Indian journal of veterinary science and animal husbandry - Volume 7,
Year: 1937
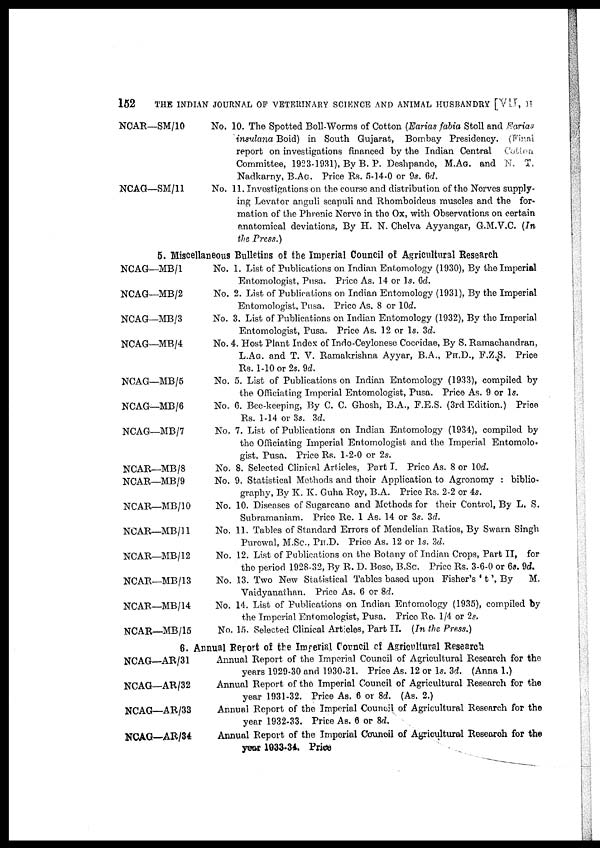
152
THE INDIAN JOURNAL OF VETERINARY SCIENCE AND ANIMAL HUSBANDRY [VII, II
NCAR—SM/10
NCAG—SM/11
No. 10. The Spotted Boll-Worms of Cotton (Earias fabia Stoll and Earias
insulana Boid) in South Gujarat, Bombay Presidency. (Final
report on investigations financed by the Indian Central Cotton
Committee, 1923-1931), By B. P. Deshpande, M.AG. and N. T.
Nadkarny, B.AG. Price Rs. 5-14-0 or 9s. 6d.
No. 11. Investigations on the course and distribution of the Nerves supply-
ing Levator anguli scapuli and Rhomboideus muscles and the for-
mation of the Phrenic Nerve in the Ox, with Observations on certain
anatomical deviations, By H. N. Chelva Ayyangar, G.M.V.C. (In
the Press.)
5. Miscellaneous Bulletins of the Imperial Council of Agricultural Research
NCAG—MB/1
NCAG—MB/2
NCAG—MB/3
NCAG—MB/4
NCAG—MB/5
NCAG—MB/6
NCAG—MB/7
NCAR—MB/8
NCAR—MB/9
NCAR—MB/10
NCAR—MB/11
NCAR—MB/12
NCAR—MB/13
NCAR—MB/14
NCAR—MB/15
No. 1. List of Publications on Indian Entomology (1930), By the Imperial
Entomologist, Pusa. Price As. 14 or 1s. 6d.
No. 2. List of Publications on Indian Entomology (1931), By the Imperial
Entomologist, Pusa. Price As. 8 or l0d.
No. 3. List of Publications on Indian Entomology (1932), By the Imperial
Entomologist, Pusa. Price As. 12 or 1s. 3d.
No. 4. Host Plant Index of Indo-Ceylonese Coccidae, By S. Ramachandran,
L.AG. and T. V. Ramakrishna Ayyar, B.A., Ph.D., F.Z.S. Price
Rs. 1-10 or 2s. 9d.
No. 5. List of Publications on Indian Entomology (1933), compiled by
the Officiating Imperial Entomologist, Pusa. Price As. 9 or 1s.
No. 6. Bee-keeping, By C. C. Ghosh, B.A., F.E.S. (3rd Edition.) Price
Rs. 1-14 or 3s. 3d.
No. 7. List of Publications on Indian Entomology (1934), compiled by
the Officiating Imperial Entomologist and the Imperial Entomolo.
gist, Pusa. Price Rs. 1-2-0 or 2s.
No. 8. Selected Clinical Articles, Part I. Price As. 8 or 10d.
No. 9. Statistical Methods and their Application to Agronomy : biblio-
graphy, By K. K. Guha Roy, B.A. Price Rs. 2-2 or 4s.
No. 10. Diseases of Sugarcane and Methods for their Control, By L. S.
Subramaniam. Price Re. 1 As. 14 or 3s. 3d.
No. 11. Tables of Standard Errors of Mendelian Ratios, By Swarn Singh
Purewal, M.Sc. PH.D. Price As. 12 or 1s. 3d.
No. 12. List of Publications on the Botany of Indian Crops, Part II, for
the period 1928-32, By R. D. Bose, B.Sc. Price Rs. 3-6-0 or 6s. 9d.
No. 13. Two New Statistical Tables based upon Fisher's ' t ', By
M.
Vaidyanathan. Price As. 6 or 8d.
No. 14. List of Publications on Indian Entomology (1935), compiled by
the Imperial Entomologist, Pusa. Price Re. 1/4 or 2s.
No. 15. Selected Clinical Articles, Part II. (In the Press.)
6. Annual Report of the Imperial Council of Agricultural Research
NCAG—AR/31
NCAG—AR/32
NCAG—AR/33
NCAG—AR/34
Annual Report of the Imperial Council of Agricultural Research for the
years 1929-30 and 1930-31. Price As. 12 or 1s. 3d. (Anna 1.)
Annual Report of the Imperial Council of Agricultural Research for the
year 1931-32. Price As. 6 or 8d. (As. 2.)
Annual Report of the Imperial Council of Agricultural Research for the
year 1932-33. Price As. 6 or 8d.
Annual Report of the Imperial Council of Agricultural Research for the
year 1033-34. Price